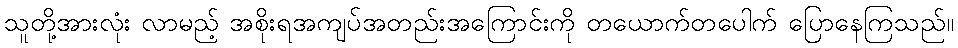
သူတို့အားလုံး လာမည့် အစိုးရအကျပ်အတည်းအကြောင်းကို တယောက်တပေါက် ပြောနေကြသည်။